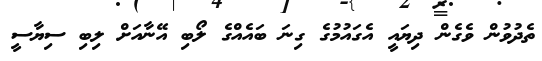
ތެދުވުން ވެގެން ދިޔައީ އެގައުމުގެ ގިނަ ބައެއްގެ ލޯބި އޭނާއަށް ލިބި ސިޔާސީ